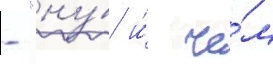
- "ну́ и́ че́м